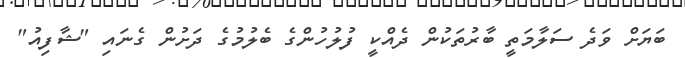
ބަޔަށް ވަދެ ސަލާމަތީ ބާރުތަކުން ދެއްކީ ފުލުހުންގެ ބެލުމުގެ ދަށުން ގެނައި "ޝާފިއު"